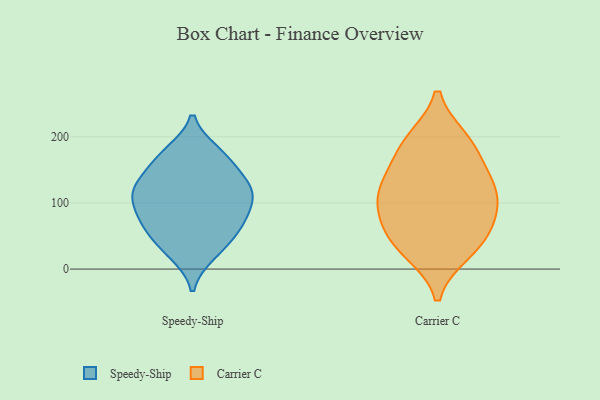
{"axis": {"x": "Active Users", "y": "Value"}, "legend": ["Carrier C", "Speedy-Ship"], "data": [{"x": "", "y": 79, "type": "Speedy-Ship"}, {"x": "", "y": 32, "type": "Speedy-Ship"}, {"x": "", "y": 176, "type": "Speedy-Ship"}, {"x": "", "y": 23, "type": "Speedy-Ship"}, {"x": "", "y": 121, "type": "Speedy-Ship"}, {"x": "", "y": 131, "type": "Speedy-Ship"}, {"x": "", "y": 54, "type": "Speedy-Ship"}, {"x": "", "y": 109, "type": "Speedy-Ship"}, {"x": "", "y": 171, "type": "Speedy-Ship"}, {"x": "", "y": 128, "type": "Speedy-Ship"}, {"x": "", "y": 116, "type": "Speedy-Ship"}, {"x": "", "y": 71, "type": "Speedy-Ship"}, {"x": "", "y": 98, "type": "Speedy-Ship"}, {"x": "", "y": 68, "type": "Speedy-Ship"}, {"x": "", "y": 163, "type": "Speedy-Ship"}, {"x": "", "y": 76, "type": "Carrier C"}, {"x": "", "y": 33, "type": "Carrier C"}, {"x": "", "y": 139, "type": "Carrier C"}, {"x": "", "y": 26, "type": "Carrier C"}, {"x": "", "y": 70, "type": "Carrier C"}, {"x": "", "y": 44, "type": "Carrier C"}, {"x": "", "y": 95, "type": "Carrier C"}, {"x": "", "y": 129, "type": "Carrier C"}, {"x": "", "y": 117, "type": "Carrier C"}, {"x": "", "y": 176, "type": "Carrier C"}, {"x": "", "y": 194, "type": "Carrier C"}, {"x": "", "y": 195, "type": "Carrier C"}, {"x": "", "y": 113, "type": "Carrier C"}]}